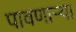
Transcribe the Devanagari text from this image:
पावणार्‍या